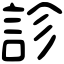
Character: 診